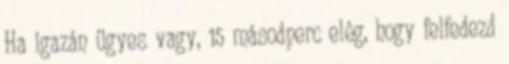
Ha igazán ügyes vagy, 15 másodperc elég, hogy felfedezd